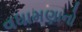
વધામણાનો